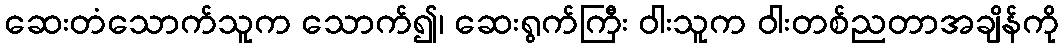
ဆေးတံသောက်သူက သောက်၍၊ ဆေးရွက်ကြီး ဝါးသူက ဝါးတစ်ညတာအချိန်ကို